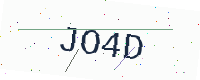
Text: JO4D